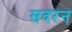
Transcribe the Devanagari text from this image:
सदरन